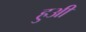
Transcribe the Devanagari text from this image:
हुअी